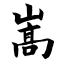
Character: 嵩